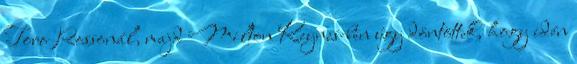
Toro Rossonál, majd Milton Keynes-ben úgy döntöttek, hogy idén